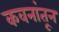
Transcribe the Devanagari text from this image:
कवनांतून